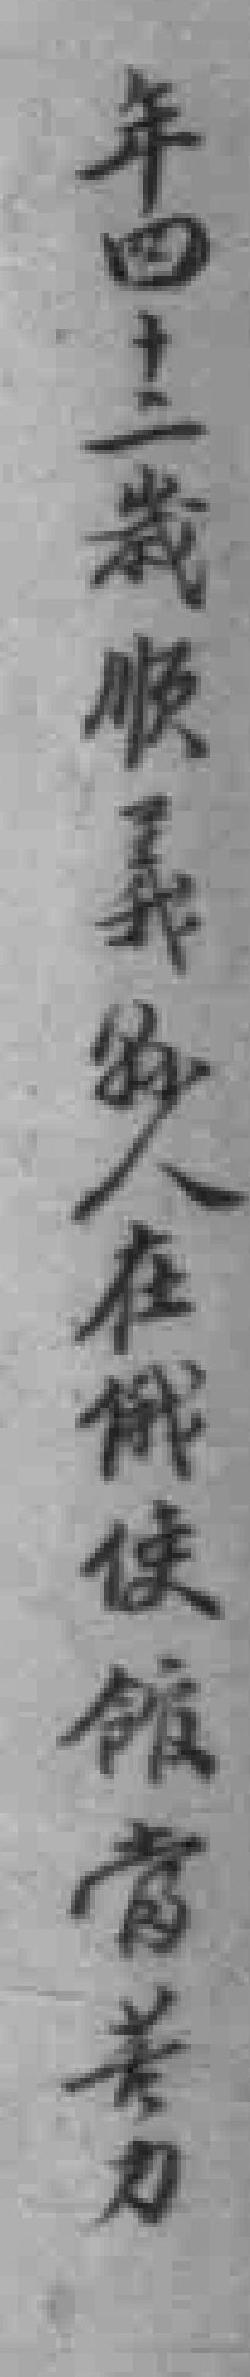
年四十二歲顺義縣人在俄使館當苦力